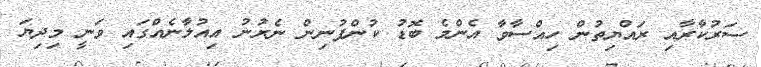
ސަރުކާރާއި ރައްޔިތުން ހިއްސާވާ އެންމެ ބޮޑު ކުންފުނިން ނެރުނު އިއުލާނެއްގައި ވަނީ މިދިޔަ